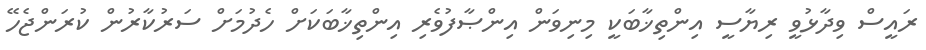
ރައީސް ވިދާޅުވީ ރިޔާސީ އިންތިޚާބަކީ މިނިވަން އިންޞާފުވެރި އިންތިޚާބަކަށް ހެދުމަށް ސަރުކާރުން ކުރަންޖެހޭ